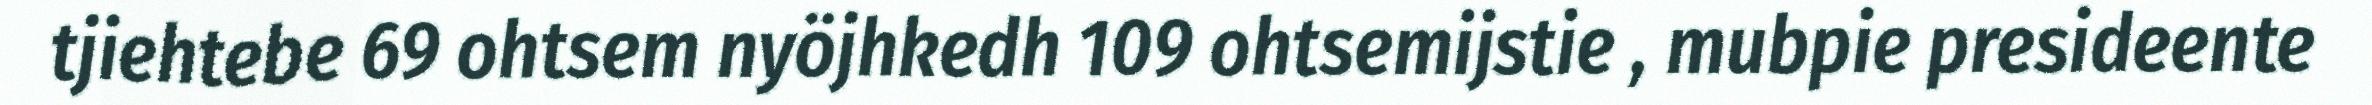
tjiehtebe 69 ohtsem nyöjhkedh 109 ohtsemijstie , mubpie presideente